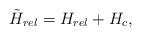
LaTeX: \begin{align*}\tilde{H}_{rel}=H_{rel}+H_{c},\end{align*}